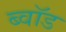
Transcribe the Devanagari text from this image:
ब्वॉड